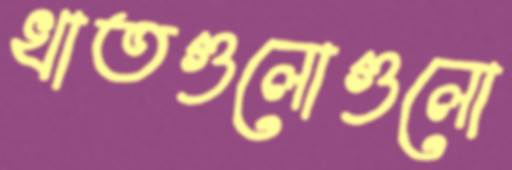
খাতগুলোগুলো